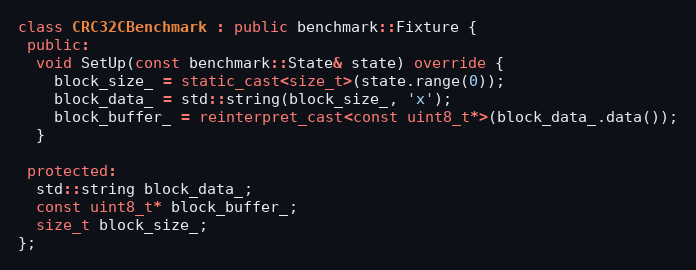
Language: C++
class CRC32CBenchmark : public benchmark::Fixture {
 public:
  void SetUp(const benchmark::State& state) override {
    block_size_ = static_cast<size_t>(state.range(0));
    block_data_ = std::string(block_size_, 'x');
    block_buffer_ = reinterpret_cast<const uint8_t*>(block_data_.data());
  }

 protected:
  std::string block_data_;
  const uint8_t* block_buffer_;
  size_t block_size_;
};